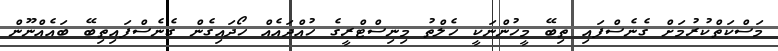
މަސްކަތްކުރުމަށް ގެނެސްފައި ތިބޭ މީހުންނަކީ ހެލްތު މިނިސްޓްރީގެ ހުއްދައެއް ހޯދައިގެން ގެނެސްފައިތިބޭ ބައެއްނޫން